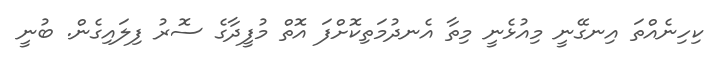
ކިހިނެއްތަ އިނގޭނީ މިއުޅެނީ މިތާ އެނދުމަތިކޮށްފަ އޮތް މުފީދާގެ ސޮރު ފިލައިގެން. ބުނީ